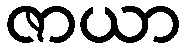
ဇာယာ